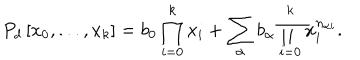
P _ { d } \left[ x _ { 0 } , . . . , x _ { k } \right] = b _ { 0 } \prod _ { i = 0 } ^ { k } x _ { i } + \sum _ { \alpha } b _ { \alpha } \prod _ { i = 0 } ^ { k } x _ { i } ^ { n _ { \alpha i } } .